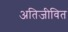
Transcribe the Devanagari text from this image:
अतिजीवित